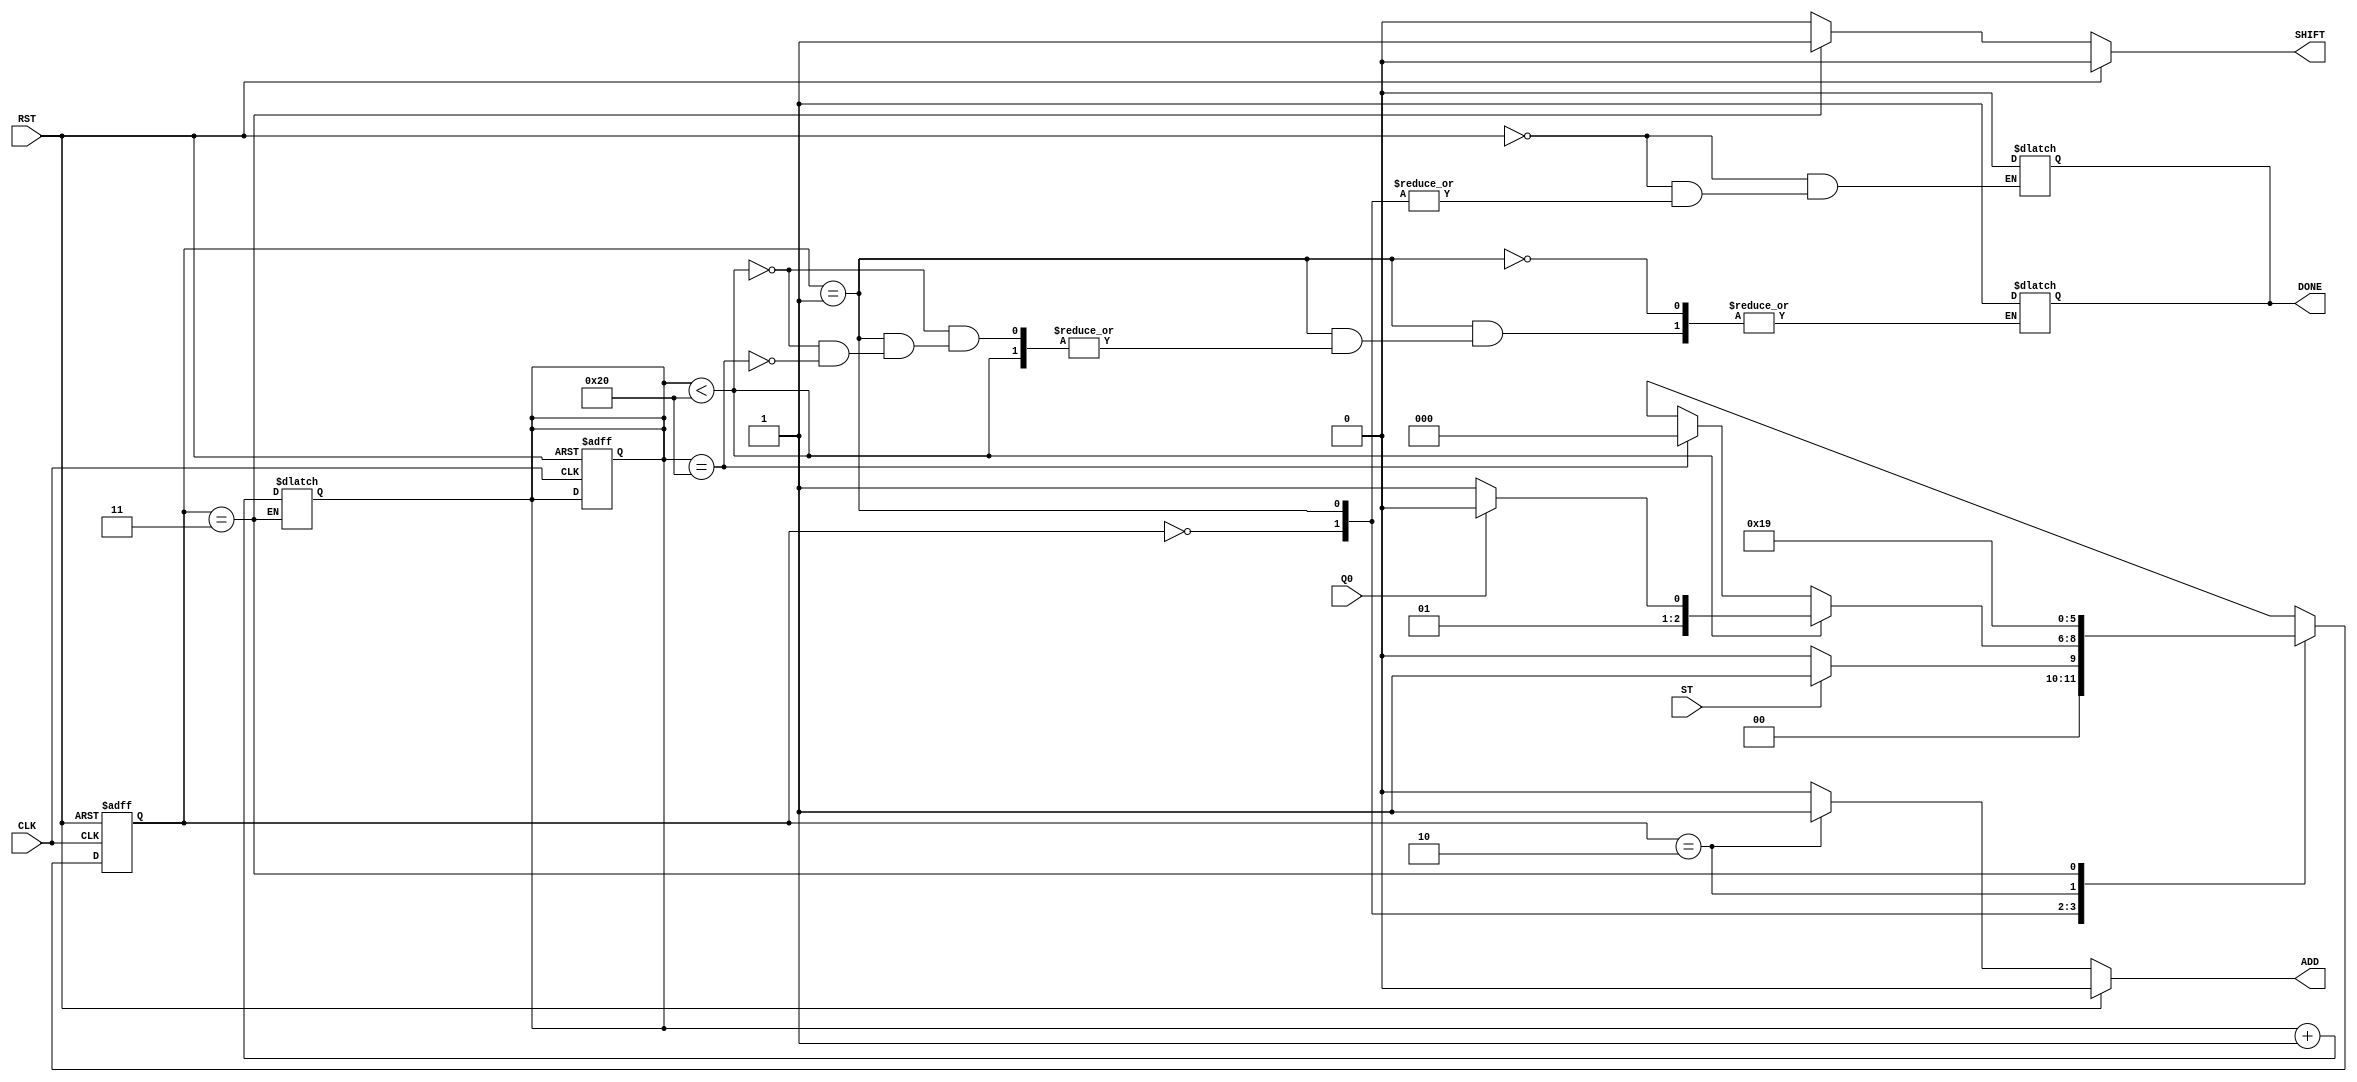
module mult_fsm( ST, CLK, RST, Q0, ADD, SHIFT, DONE );
  parameter N = 32;
  input ST, CLK, RST, Q0;
  output ADD, SHIFT;
  output DONE;
  
  reg ADD, SHIFT, DONE;
  wire ST, CLK, RST, Q0;
  
  reg A = 64'b0001;
  reg B = 64'b0010;
  reg cout;

  parameter Idle = 3'b000,
				Test = 3'b001,
				Add = 3'b010,
				Shift = 3'b011;
				
  reg [5 : 0] curr_count = 5'b0, nxt_count = 5'b0;
				
  reg [2 : 0] curr_state = Idle; 
  wire [2 : 0] nxt_state;
  
  assign nxt_state = fsm( curr_state, ADD, SHIFT, curr_count);
  
// ---------------------------------------------------
// INITIATE 

  always @ ( posedge CLK or posedge RST )
    begin : STATE_MACHINE
	   if( RST == 1 ) begin
		  curr_state = Idle;
		  curr_count = 5'b0;
		  nxt_count = 5'b0;
		end else begin
		  curr_state = nxt_state;
		  curr_count = nxt_count;
		end
	end

// ---------------------------------------------------
// NEXT STATE LOGIC
//  Always starts at Idle State and wait for ST signal
//    IF( ST = 1 ) --> next state ==> Test;
//	   IN TEST:
//			IF( COUNT < 32 ) --> CHECK Q
//						--> IF( Q = 0 ) --> SHIFT
//						--> IF( Q = 1 ) --> ADD
//						--> ELSE STAY IN TEST
//			IF( COUNT = 32 ) --> IDLE
//
//		IN ADD: WAIT A CC and then go to SHIFT
//		IN SHIFT: UPDATE COUNT and GO to TEST

  function [2 : 0] fsm;
    input [2 : 0] curr_state;
	 input ADD, SHIFT;
	 input [5 : 0] curr_count;
	 
	 case( curr_state )
		
	   Idle : begin
  		  if( ST == 1 ) begin
		    fsm = Test;
		  end else begin
		    fsm = Idle;
		  end
		end
		Test : if( curr_count < 32 ) begin
		         if( Q0 == 1 ) begin
					  fsm = Add;
					end else if( Q0 == 0 ) begin
					  fsm = Shift;
					end else begin
					  fsm = Test;
					end
				 end else if( curr_count == 32 ) begin
				   fsm = Idle;
					DONE = 1'b1;
				 end
		Add : begin
		  fsm = Shift;
		end
		Shift : begin
		  curr_count = curr_count + 1;		// update count
		  nxt_count = curr_count;
		  fsm = Test;
		end
    endcase
  endfunction
  

// ---------------------------------------------------
// OUTPUT LOGIC 
// SETS THE OUTPUT CONTROL SIGNALS -- ADD, SHIFT, AND DONE
// IN ADD --> SETS ADD = 1;
// IN SHIFT --> SETS SHIFT = 1;
//
// OTHER STAGES EVERYTHING STAYS AT 0


  always @ ( * )
    begin : OUTPUT_LOGIC
      if( RST == 1 ) begin
		  ADD = 1'b0;
		  SHIFT = 1'b0;
		  DONE = 1'b0;
		end else begin
		
		  case( curr_state )
			 Idle : begin
				ADD = 1'b0;
				SHIFT = 1'b0;
				//DONE = 1'b0;
			 end
			 
			 Test : begin
				ADD = 1'b0;
				SHIFT = 1'b0;
				//DONE = 1'b0;
			 end
			 
			 Add : begin
			  ADD = 1'b1;
			  SHIFT = 1'b0;
			  DONE = 1'b0;
			 end
			 
			 Shift : begin
				ADD = 1'b0;
				SHIFT = 1'b1;
				DONE = 1'b0;
			 end
			 
			 default : begin
				ADD = 1'b0;
				SHIFT = 1'b0;
				DONE = 1'b0;
			 end
		  endcase
     end   
	end


endmodule